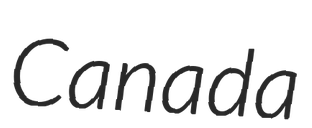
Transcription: Canada